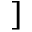
]